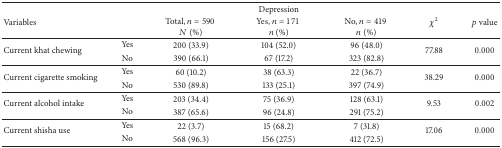
| <ROWSPAN=2> Variables |  | <COLSPAN=3> Depression | <ROWSPAN=2> χ2 | <ROWSPAN=2> p value |
 |  | Total, n = 590 N (%) | Yes, n = 171 n (%) | No, n = 419 n (%) |
 | --- | --- | --- | --- | --- | --- | --- |
 | <ROWSPAN=2> Current khat chewing | Yes | 200 (33.9) | 104 (52.0) | 96 (48.0) | <ROWSPAN=2> 77.88 | <ROWSPAN=2> 0.000 |
 | No | 390 (66.1) | 67 (17.2) | 323 (82.8) |
 | <ROWSPAN=2> Current cigarette smoking | Yes | 60 (10.2) | 38 (63.3) | 22 (36.7) | <ROWSPAN=2> 38.29 | <ROWSPAN=2> 0.000 |
 | No | 530 (89.8) | 133 (25.1) | 397 (74.9) |
 | <ROWSPAN=2> Current alcohol intake | Yes | 203 (34.4) | 75 (36.9) | 128 (63.1) | <ROWSPAN=2> 9.53 | <ROWSPAN=2> 0.002 |
 | No | 387 (65.6) | 96 (24.8) | 291 (75.2) |
 | <ROWSPAN=2> Current shisha use | Yes | 22 (3.7) | 15 (68.2) | 7 (31.8) | <ROWSPAN=2> 17.06 | <ROWSPAN=2> 0.000 |
 | No | 568 (96.3) | 156 (27.5) | 412 (72.5) |